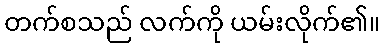
တက်စသည် လက်ကို ယမ်းလိုက်၏။